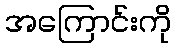
အကြောင်းကို